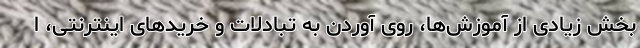
بخش زیادی از آموزش‌ها، روی آوردن به تبادلات و خریدهای اینترنتی، ا